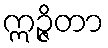
ဣဉ္ဇိတာ